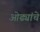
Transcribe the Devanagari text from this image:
ओढ्यांचे